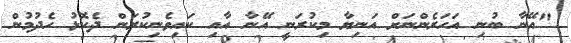
"އޭނާ ބުނި އަހަރެންނަށް އަނިޔާ މިކުރަނީ އޭނާ އާއި ކައިވެނިކުރަން ދެކޮޅު ހެދުމުން